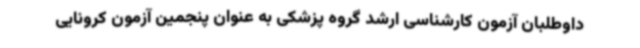
داوطلبان آزمون کارشناسی ارشد گروه پزشکی به عنوان پنجمین آزمون کرونایی